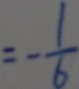
= - \frac { 1 } { 6 }